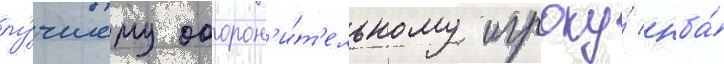
лу́чшему оборон'и́т'ельному игроку́ нба́